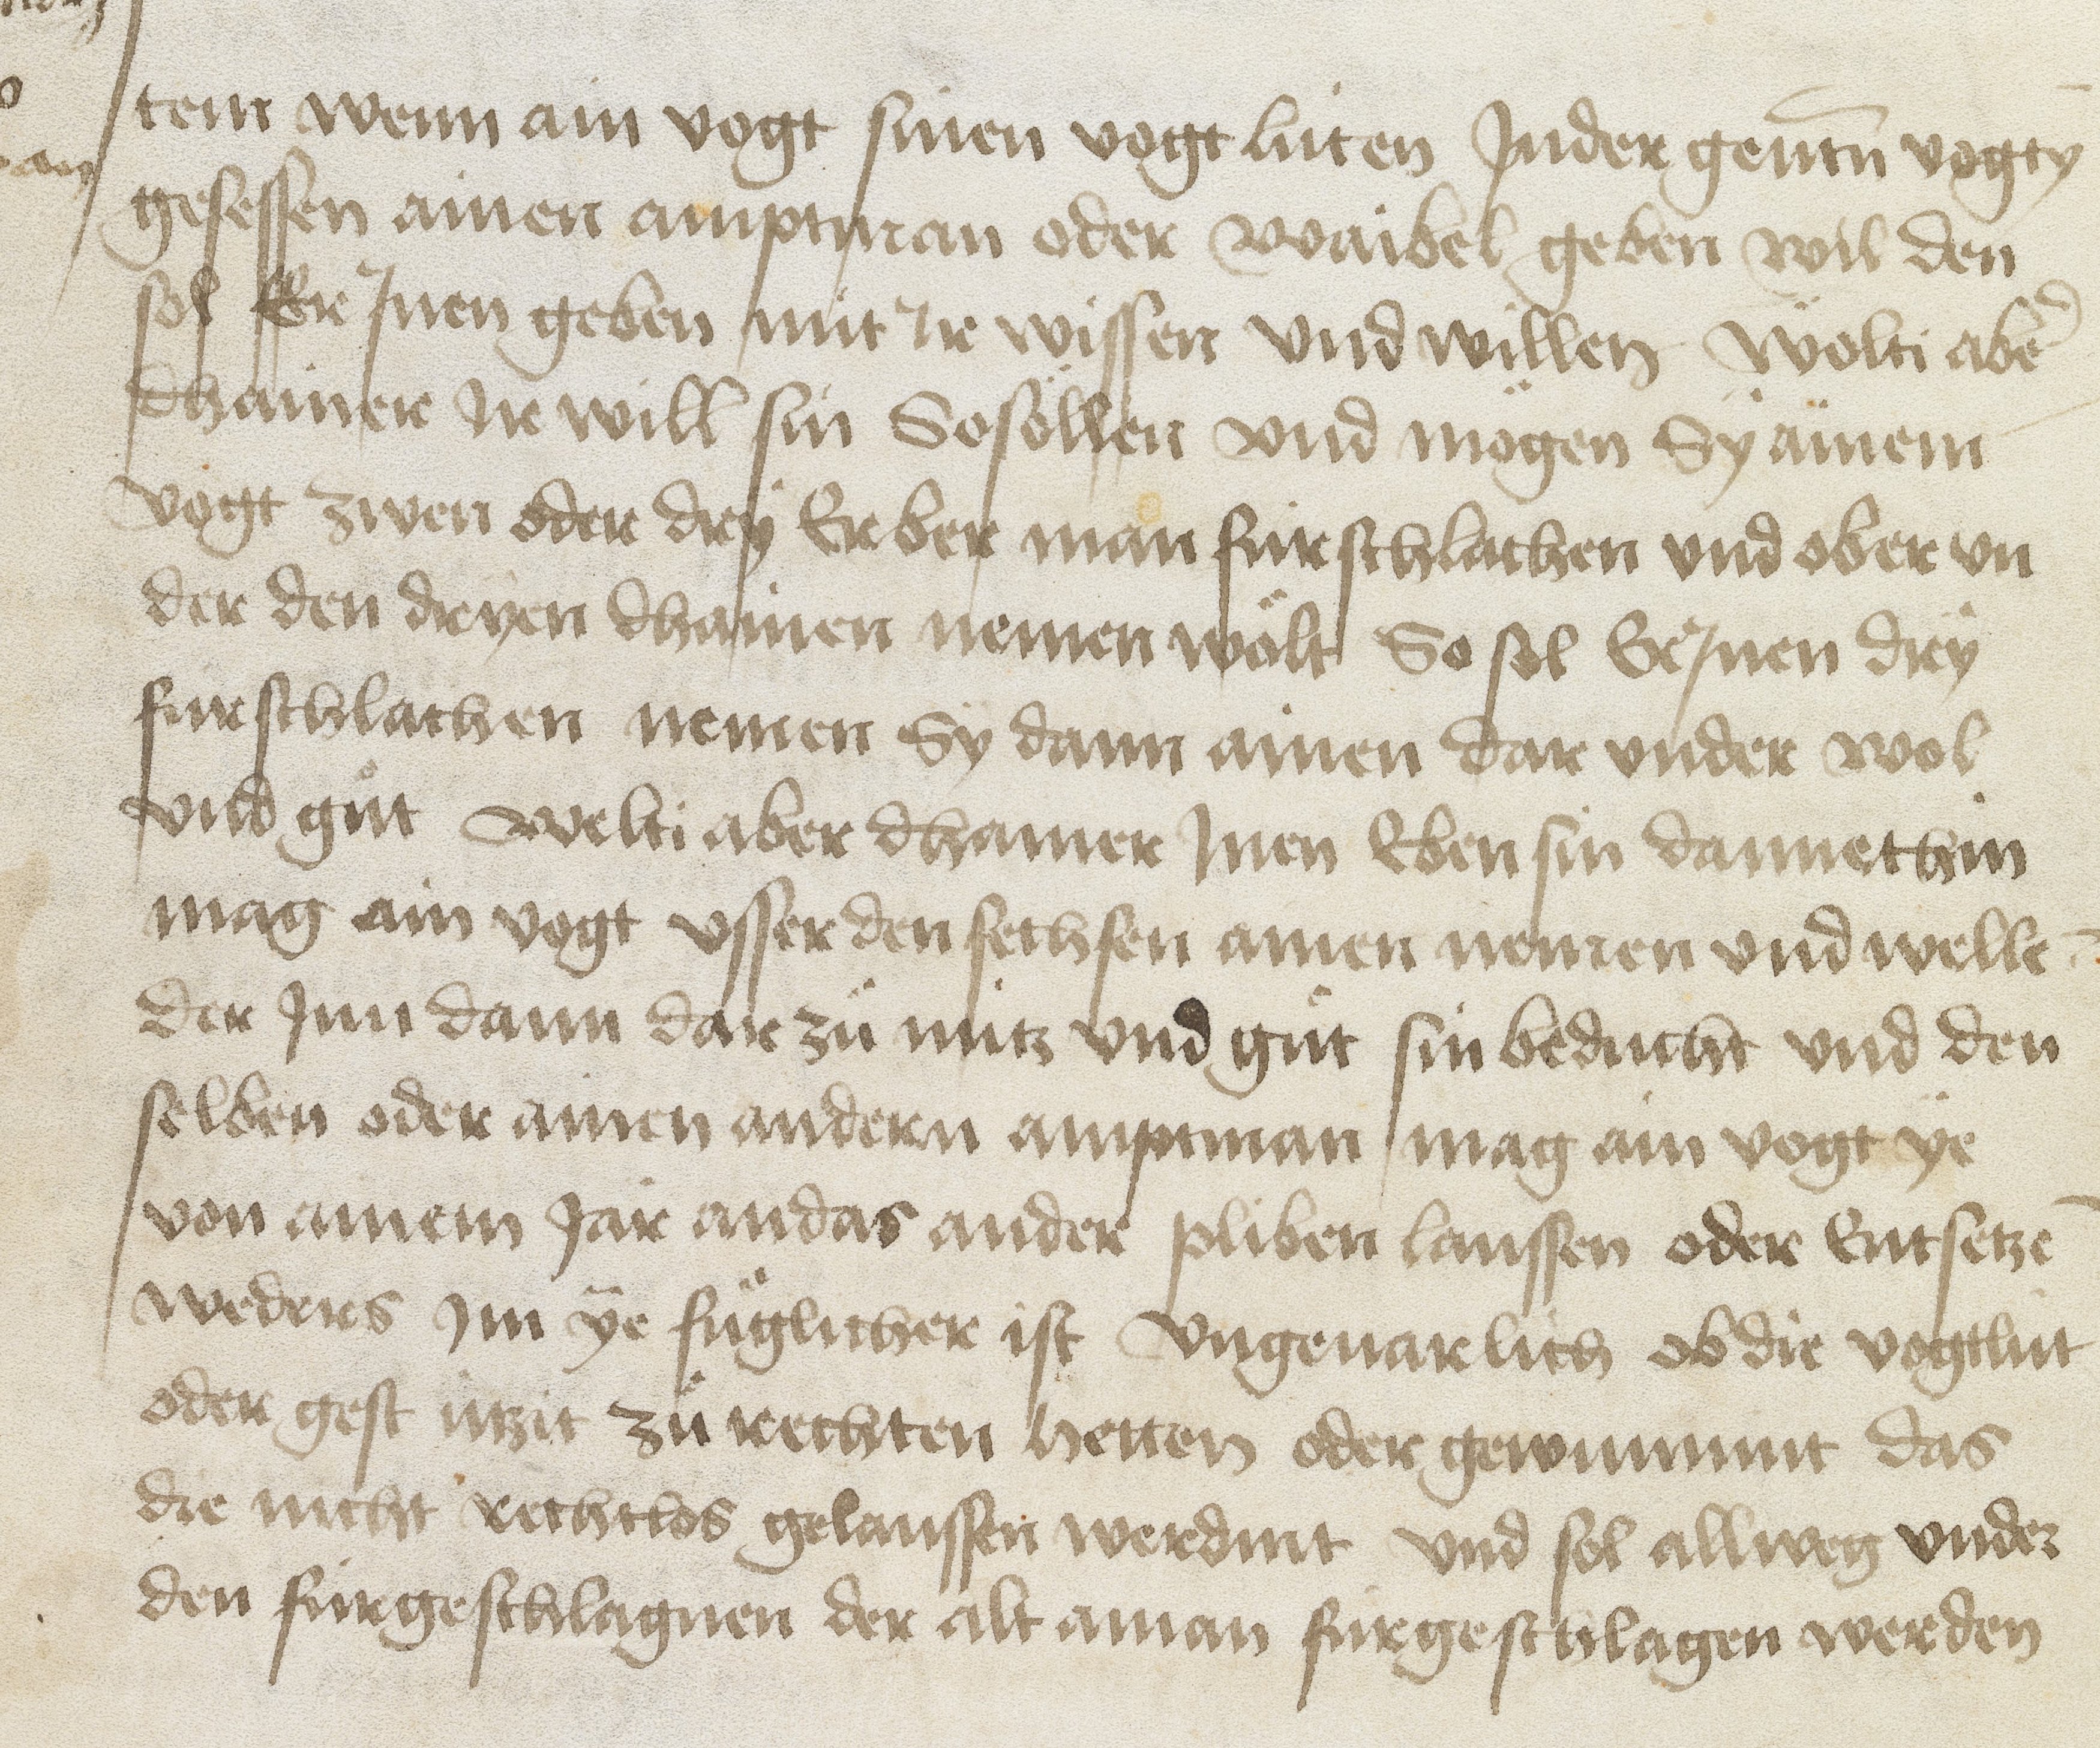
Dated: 1469–1469